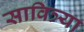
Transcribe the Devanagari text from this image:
सावित्र्या